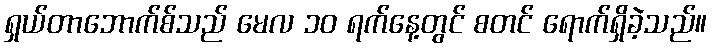
ရှယ်တာဘောက်စ်သည် မေလ ၁၀ ရက်နေ့တွင် စတင် ရောက်ရှိခဲ့သည်။